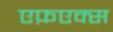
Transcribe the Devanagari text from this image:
एफ़एक्स